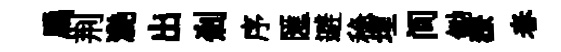
扃荆灧出剎序匯避稳埋间鋤獠春